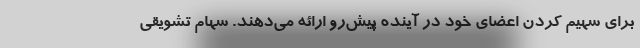
برای سهیم کردن اعضای خود در آینده پیش‌رو ارائه می‌دهند. سهام تشویقی